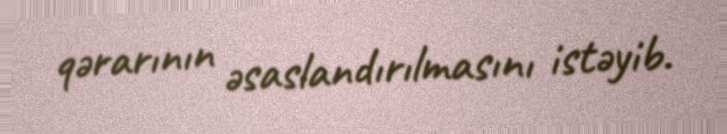
qərarının əsaslandırılmasını istəyib.